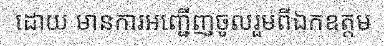
ដោយ មានការអញ្ជើញចូលរួមពីឯកឧត្តម